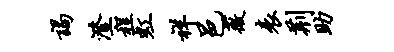
谒澄程虹祥邑薇表荆助